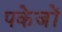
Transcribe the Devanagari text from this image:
पकेजों